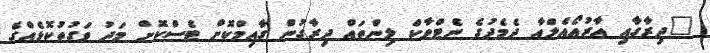
"ދިރާގާއި އާރުއޯއެލްއާ ދެމެދުގެ ނެޓްވާކް ލިންތައް ދިރާގުން ގާއިމްކޮށް ޓެސްކޮށް މަދު ވަގުތުކޮޅެއްގެ